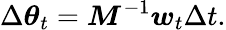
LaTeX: \Delta\boldsymbol{\theta}_{t}=\boldsymbol{M}^{-1}\boldsymbol{w}_{t}\Delta t.